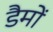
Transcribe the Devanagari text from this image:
डैमों